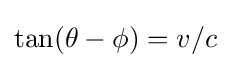
\tan(\theta -\phi )=v/c